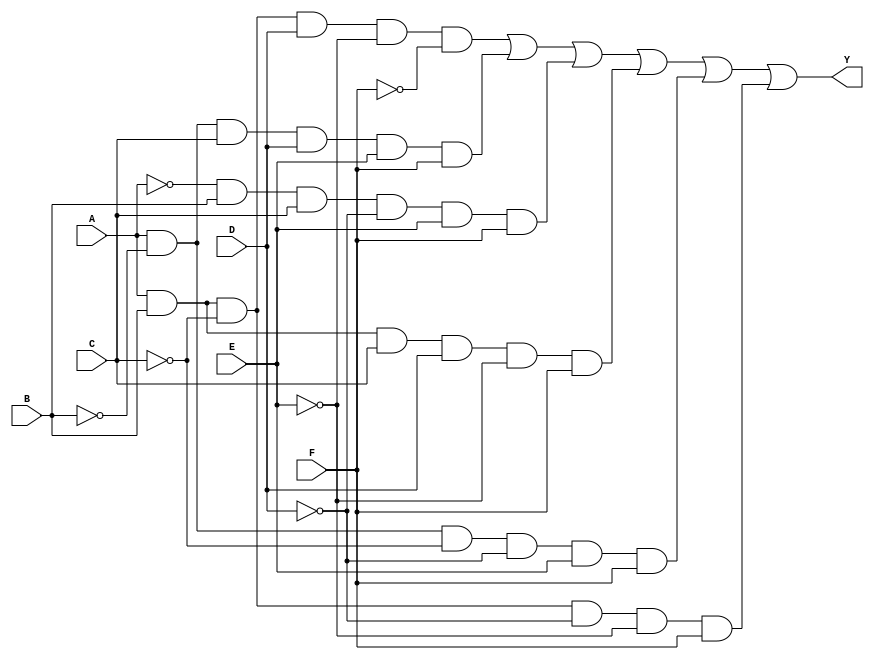
module kmap_6var (
    input wire A, B, C, D, E, F,
    output wire Y
);

// K-map implementation
// The output Y is defined based on the K-map groupings.
// This example assumes a hypothetical K-map filling.
// You should replace the logic below with the actual K-map logic derived from your specific use case.

assign Y = (A & B & ~C & D & ~E & ~F) | // Example group 1
           (A & ~B & C & D & E & F) |  // Example group 2
           (~A & B & C & ~D & E & F) | // Example group 3
           (A & B & C & D & ~E & F) |  // Example group 4
           (A & ~B & ~C & ~D & E & F) | // Example group 5
           (A & B & ~C & ~D & ~E & F);  // Example group 6

endmodule